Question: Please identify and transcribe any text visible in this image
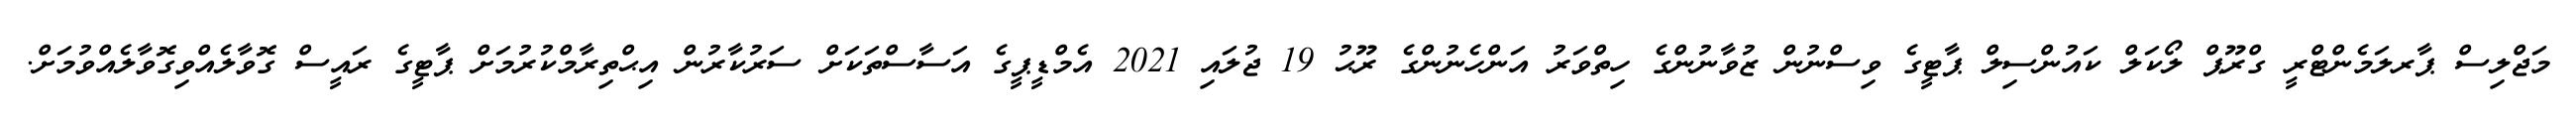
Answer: މަޖްލިސް ޕާރލަމެންޓްރީ ގްރޫޕް ލޯކަލް ކައުންސިލް ޕާޓީގެ ވިސްނުން ޒުވާނުންގެ ހިތްވަރު އަންހެނުންގެ ރޫޙު 19 ޖުލައި 2021 އެމްޑީޕީގެ އަސާސްތަކަށް ސަރުކާރުން އިޙްތިރާމްކުރުމަށް ޕާޓީގެ ރައީސް ގޮވާލެއްވިގޮވާލެއްވުމަށް.